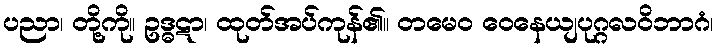
ပညာ၊ တို့ကို။ ဥဒ္ဓဋာ၊ ထုတ်အပ်ကုန်၏။ တမေဝ ဝေနေယျပုဂ္ဂလဝိဘာဂံ၊